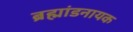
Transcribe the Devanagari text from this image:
ब्रह्मांडनायक